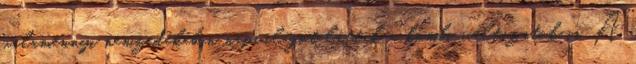
valamennyi nemzedékében napvilágot láttak a kombi változatok is. A